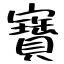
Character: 寶